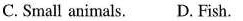
C.Small animals. D. Fish.